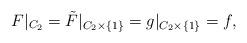
LaTeX: \begin{align*}F|_{C_2} = \tilde F |_{C_2 \times \{1\}} = g|_{C_2\times \{1\}} = f,\end{align*}